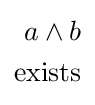
{\begin{aligned}a\wedge b\\{\text{exists}}\end{aligned}}